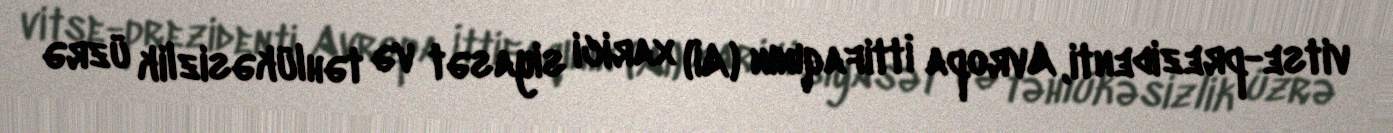
vitse-prezidenti, Avropa İttifaqının (Aİ) xarici siyasət və təhlükəsizlik üzrə